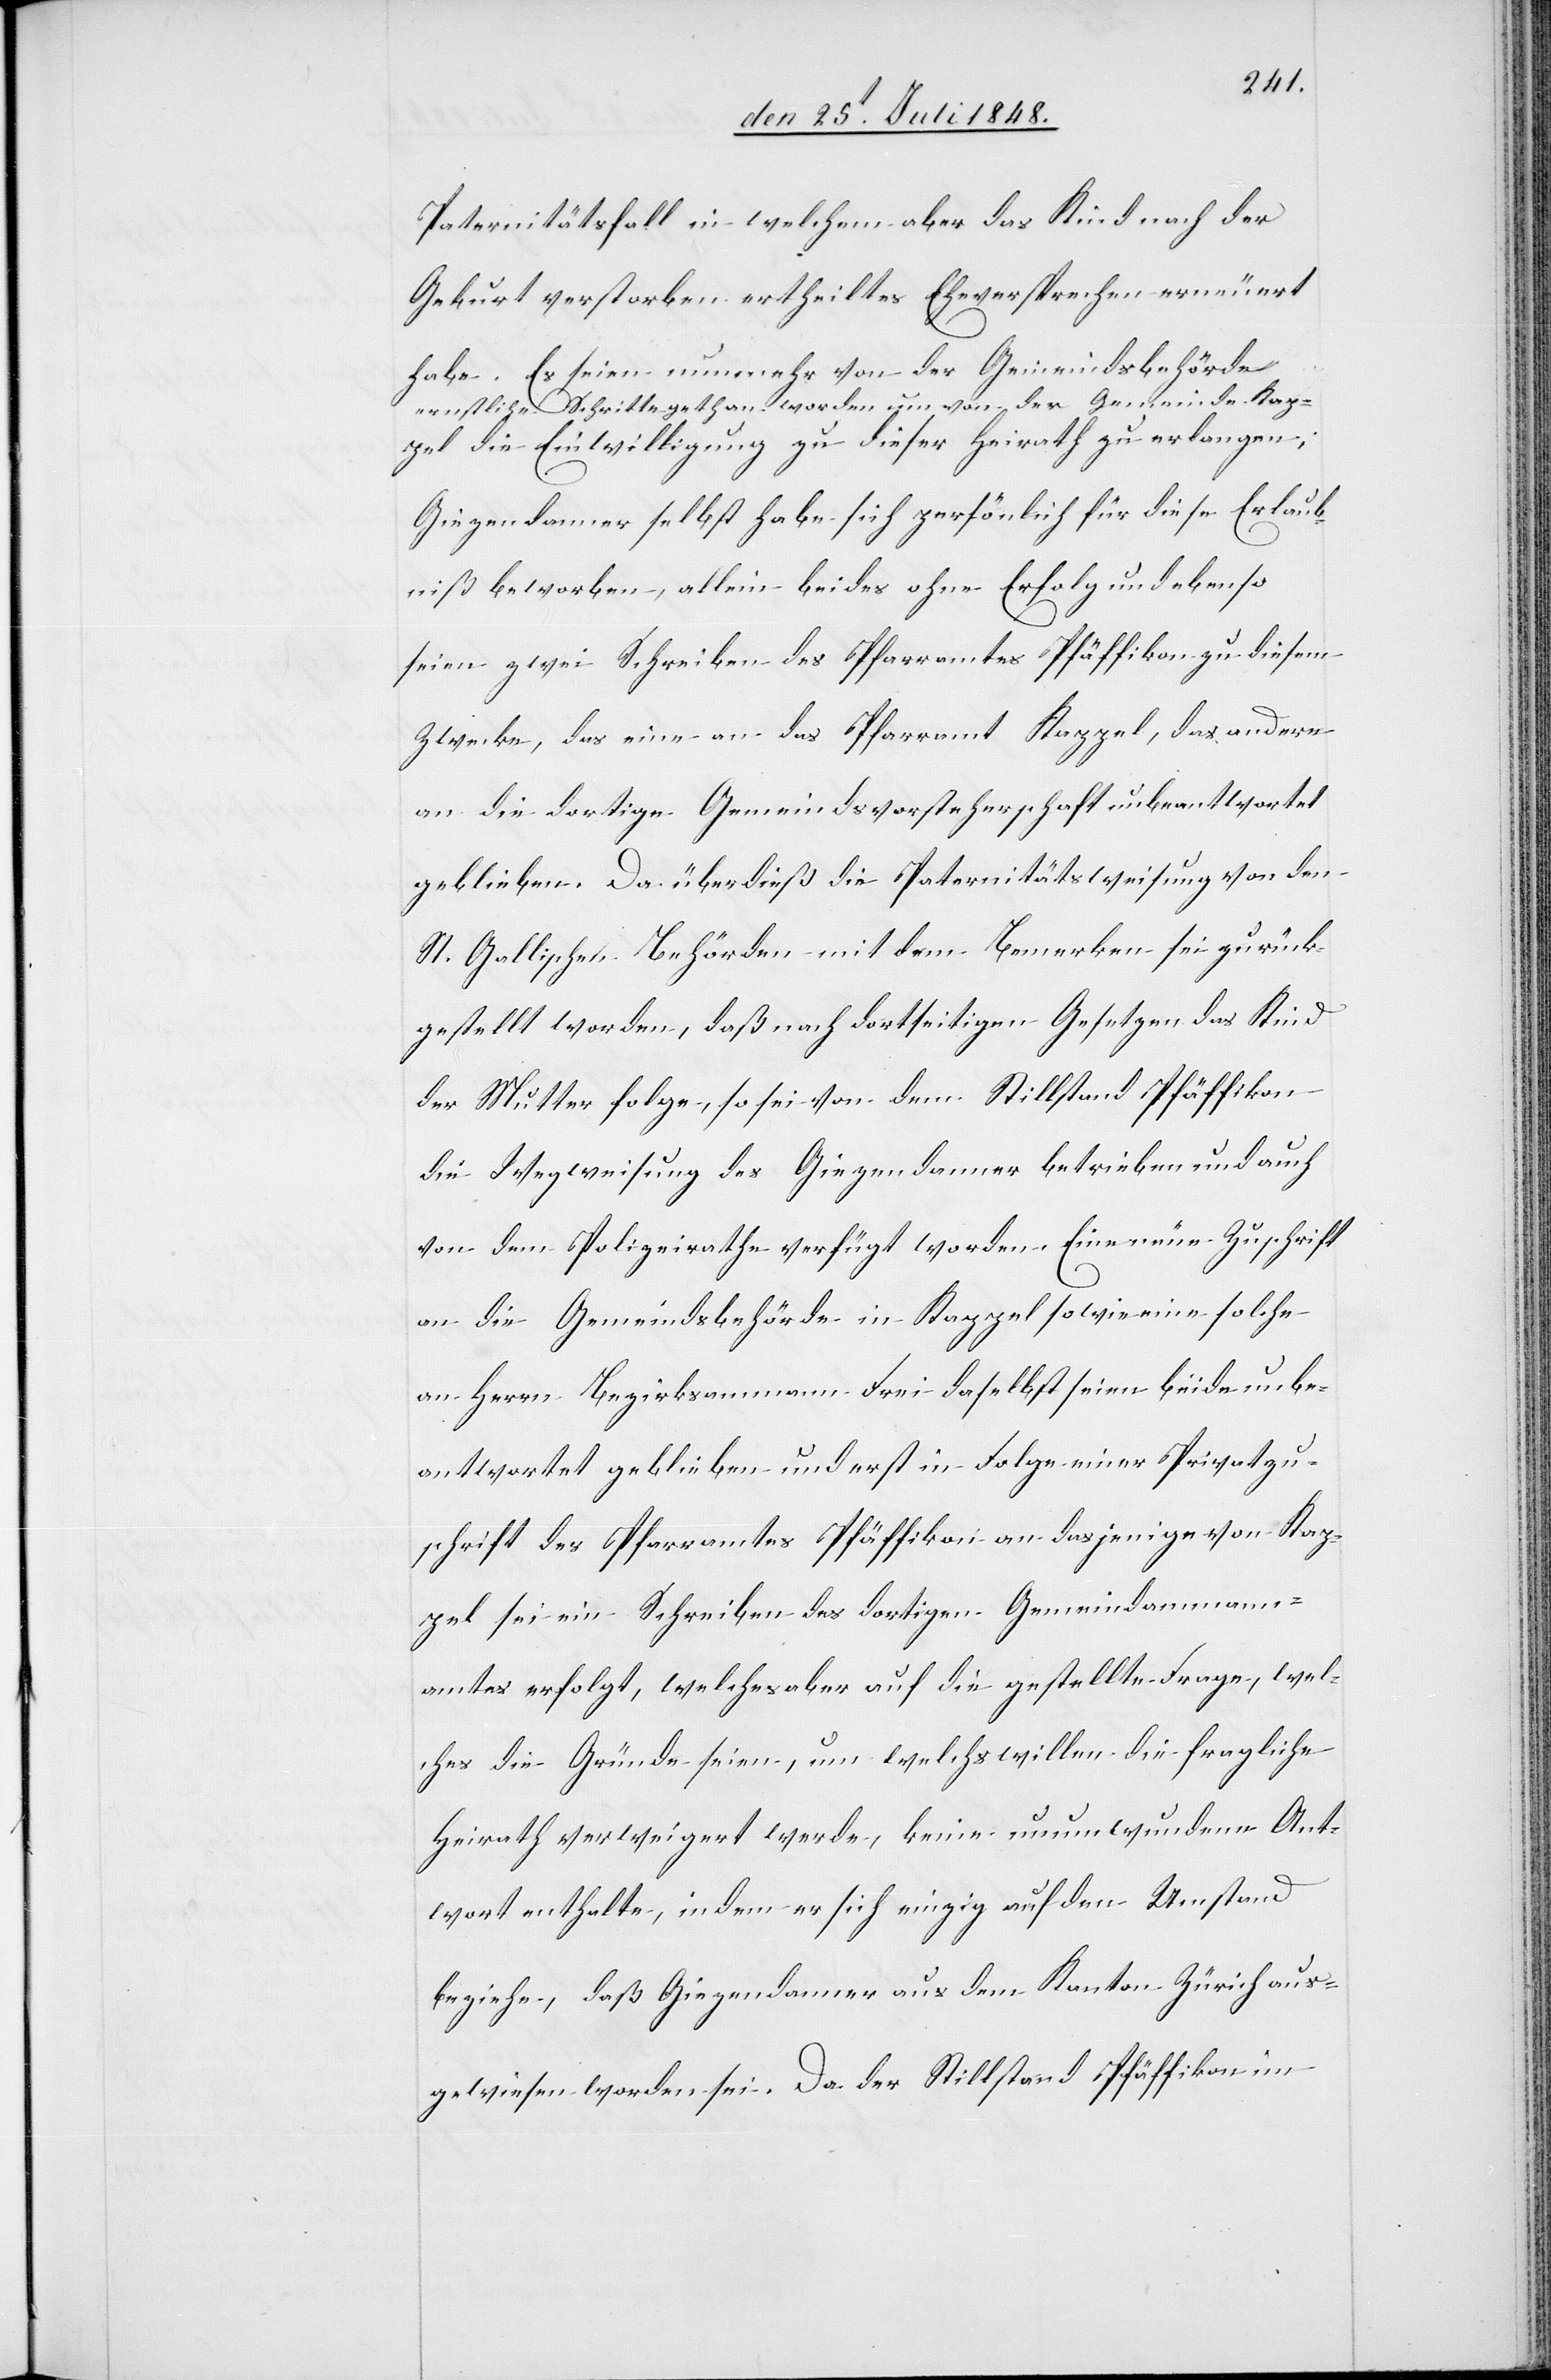
Paternitätsfall in welchem aber das Kind nach der
Geburt verstorben ertheiltes Eheversprechen erneuert
habe. Es seien nunmehr von der Gemeindsbehörde
ernstliche Schritte gethan worden um von der Gemeinde Kap¬
pel die Einwilligung zu dieser Heirath zu erlangen;
Giegendanner selbst habe sich persönlich für diese Erlaub¬
niß beworben, allein beides ohne Erfolg und ebenso
seien zwei Schreiben des Pfarramtes Pfäffikon zu diesem
Zwecke, das eine an das Pfarramt Kappel, das andere
an die dortige Gemeindsvorsteherschaft unbeantwortet
geblieben. Da überdieß die Paternitätsweisung von den
St. Gallischen Behörden mit dem Bemerken sei zurück¬
gestellt worden, daß nach dortseitigen Gesetzen das Kind
der Mutter folge, so sei von dem Stillstand Pfäffikon
die Wegweisung des Giegendanner betrieben und auch
von dem Polizeirathe verfügt worden. Eine neue Zuschrift
an die Gemeindsbehörde in Kappel sowie eine solche
an Herrn Bezirksammann Frei daselbst seien beide unbe¬
antwortet geblieben und erst in Folge einer Privatzu¬
schrift des Pfarramtes Pfäffikon an dasjenige von Kap¬
pel sei ein Schreiben des dortigen Gemeindammann¬
amtes erfolgt, welches aber auf die gestellte Frage, wel¬
ches die Gründe seien, um welchswillen die fragliche
Heirath verweigert werde, keine unumwundene Ant¬
wort enthalte, indem er sich einzig auf den Umstand
beziehe, daß Giegendanner aus dem Kanton Zürich aus¬
gewiesen worden sei. Da der Stillstand Pfäffikon im